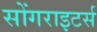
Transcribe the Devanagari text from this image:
सोंगराइटर्स